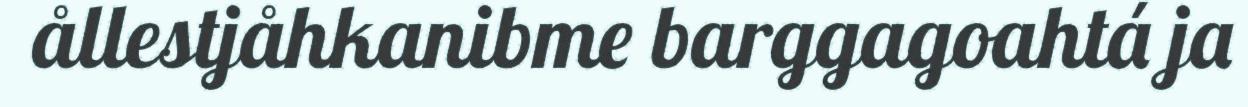
ållestjåhkanibme barggagoahtá ja